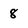
Character: 8